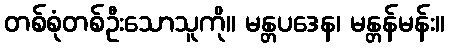
တစ်စုံတစ်ဦးသောသူကို။ မန္တပဒေန၊ မန္တန်မန်း။